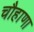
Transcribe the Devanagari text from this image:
चौहाणा